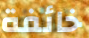
خائفة